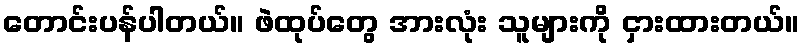
တောင်းပန်ပါတယ်။ ဖဲထုပ်တွေ အားလုံး သူများကို ငှားထားတယ်။